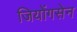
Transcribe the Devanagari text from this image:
जियोंगसेन